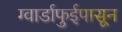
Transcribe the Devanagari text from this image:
ग्वार्डाफुईपासून